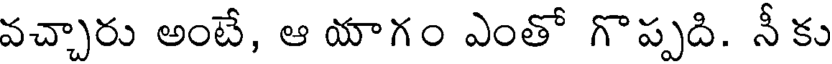
వచ్చారు అంటే, ఆ యాగం ఎంతో గొప్పది. నీకు